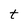
Character: t